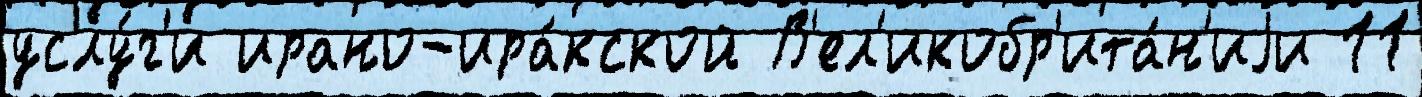
услу́г'и ирано-ира́кской В'ел'икобр'ита́н'иjи 11